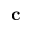
\mathbf { c }